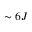
\sim 6 J